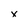
Character: x